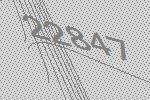
22847